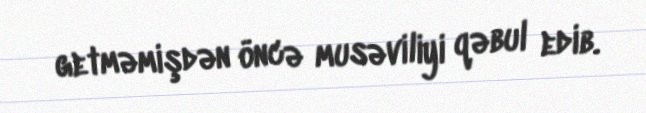
getməmişdən öncə musəviliyi qəbul edib.